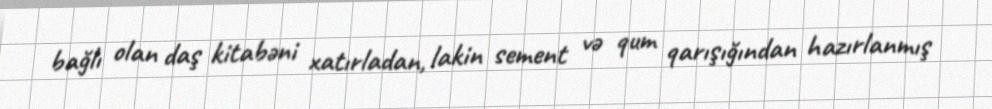
bağlı olan daş kitabəni xatırladan, lakin sement və qum qarışığından hazırlanmış